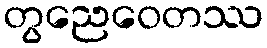
တွညေဝေတဿ